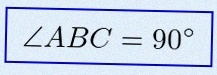
\angle ABC=90^\circ